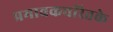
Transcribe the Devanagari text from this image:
प्रभावकचरितके